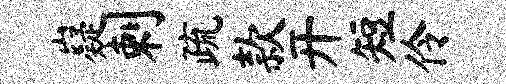
嶷剌疏款开短伶